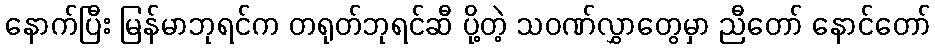
နောက်ပြီး မြန်မာဘုရင်က တရုတ်ဘုရင်ဆီ ပို့တဲ့ သဝဏ်လွှာတွေမှာ ညီတော် နောင်တော်